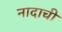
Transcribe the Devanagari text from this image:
नादाची